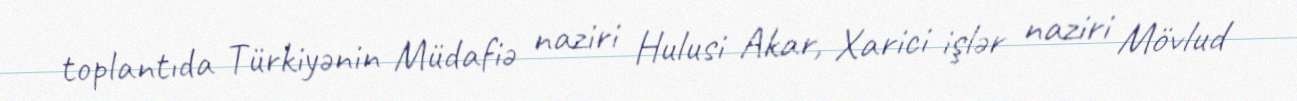
toplantıda Türkiyənin Müdafiə naziri Hulusi Akar, Xarici işlər naziri Mövlud